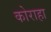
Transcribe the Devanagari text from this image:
कोराहा